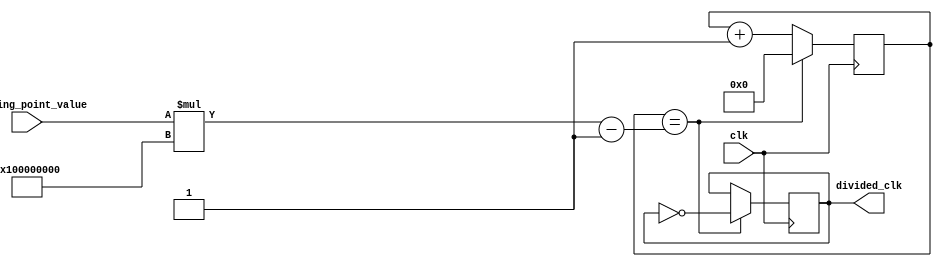
module floating_point_clock_divider(
    input wire clk,
    input wire [31:0] floating_point_value,
    output reg divided_clk
);

reg [63:0] counter;
wire [63:0] max_count = floating_point_value * 2**32;

always @ (posedge clk) begin
    if (counter == max_count - 1) begin
        divided_clk <= ~divided_clk;
        counter <= 0;
    end else begin
        counter <= counter + 1;
    end
end

endmodule